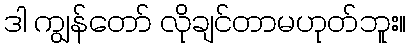
ဒါ ကျွန်တော် လိုချင်တာမဟုတ်ဘူး။